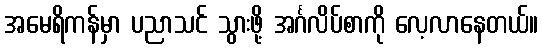
အမေရိကန်မှာ ပညာသင် သွားဖို့ အင်္ဂလိပ်စာကို လေ့လာနေတယ်။